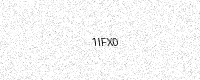
Text: 1IFX0